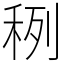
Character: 䅀